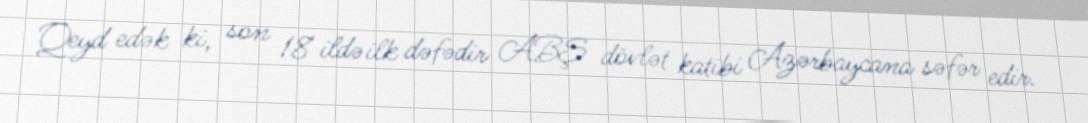
Qeyd edək ki, son 18 ildə ilk dəfədir ABŞ dövlət katibi Azərbaycana səfər edir.